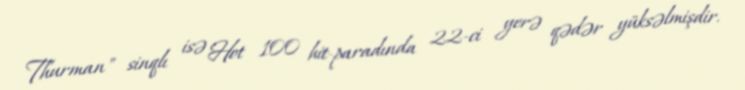
Thurman" sinqlı isə Hot 100 hit-paradında 22-ci yerə qədər yüksəlmişdir.